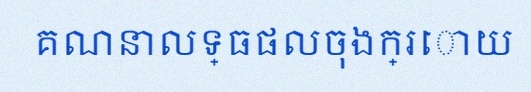
គណនាលទ្ធផលចុងក្រោយ